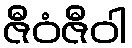
ဇီဝံဇီဝါ